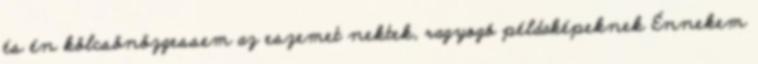
és én kölcsönözgessem az eszemet nektek, ragyogó példaképeknek Énnekem